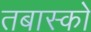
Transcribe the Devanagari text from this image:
तबास्को